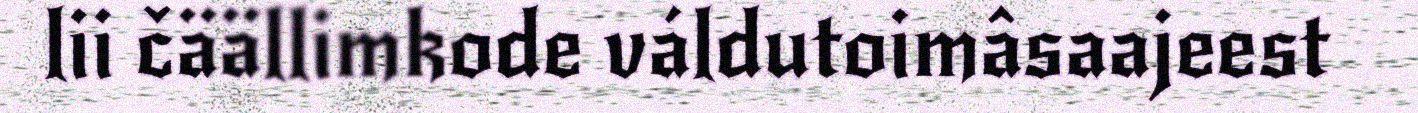
lii čäällimkode váldutoimâsaajeest